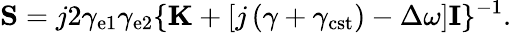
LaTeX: {\mathbf S}=j2\gamma_{\mathrm{e1}}\gamma_{\mathrm{e2}}\{ {\mathbf K}+[j\left(\gamma+\gamma_{\mathrm{cst}}\right)-\Delta\omega]{\mathbf I}\} ^{-1}.